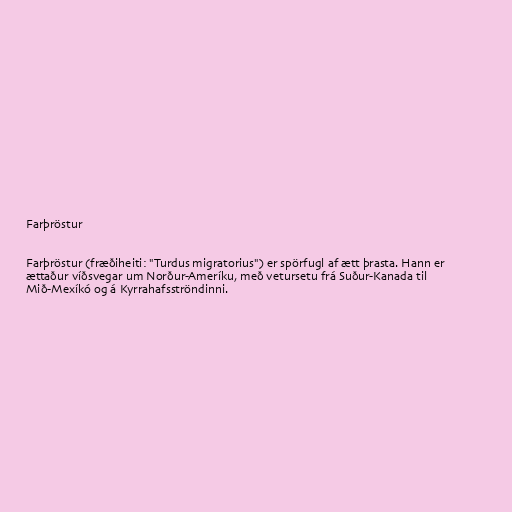
Farþröstur

Farþröstur (fræðiheiti: "Turdus migratorius") er spörfugl af ætt þrasta. Hann er
ættaður víðsvegar um Norður-Ameríku, með vetursetu frá Suður-Kanada til
Mið-Mexíkó og á Kyrrahafsströndinni.